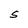
Character: S